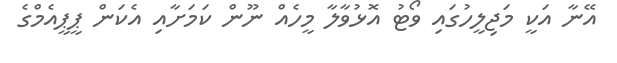
އޭނާ އަކީ މަޖިލީހުގައި ވޯޓު އޮޅުވާލާ މީހެއް ނޫން ކަމަށާއި އެކަން ޕީޕީއެމްގެ